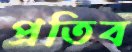
প্রতিব